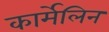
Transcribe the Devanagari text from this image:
कार्मेलिन